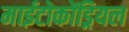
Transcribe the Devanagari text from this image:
माईटोकोंड्रियल